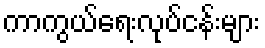
ကာကွယ်ရေးလုပ်ငန်းများ